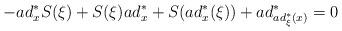
LaTeX: \begin{align*}-ad_{x}^*S(\xi)+S(\xi)ad_{x}^*+S(ad_{x}^*(\xi))+ad_{ad_{\xi}^*(x)}^*=0\end{align*}